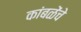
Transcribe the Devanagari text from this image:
कांबळेंचे